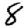
Digit: 8